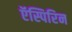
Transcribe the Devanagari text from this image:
ऍस्पिरिन